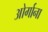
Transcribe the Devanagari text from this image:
ओर्गाना